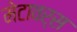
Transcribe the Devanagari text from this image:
मेटावर्स